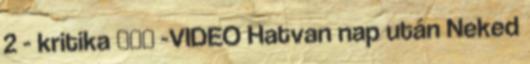
2 - kritika 💪⭐🌍 -VIDEO Hatvan nap után Neked